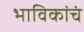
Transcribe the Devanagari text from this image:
भाविकांचं